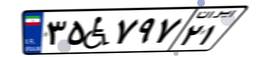
۳۵W۷۹۷۲۱